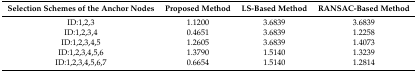
<table><thead><tr><td><b>Selection Schemes of the Anchor Nodes</b></td><td><b>Proposed Method</b></td><td><b>LS-Based Method</b></td><td><b>RANSAC-Based Method</b></td></tr></thead><tbody><tr><td>ID:1,2,3</td><td>1.1200</td><td>3.6839</td><td>3.6839</td></tr><tr><td>ID:1,2,3,4</td><td>0.4651</td><td>3.6839</td><td>1.2258</td></tr><tr><td>ID:1,2,3,4,5</td><td>1.2605</td><td>3.6839</td><td>1.4073</td></tr><tr><td>ID:1,2,3,4,5,6</td><td>1.3790</td><td>1.5140</td><td>1.3239</td></tr><tr><td>ID:1,2,3,4,5,6,7</td><td>0.6654</td><td>1.5140</td><td>1.2814</td></tr></tbody></table>